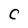
Character: C